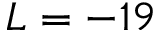
L = - 1 9